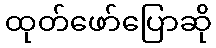
ထုတ်ဖော်ပြောဆို